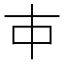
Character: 𰀉